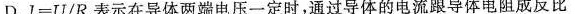
D.$$I = U / R$$表示在导体两端电压一定时，通过导体的电流跟导体电阻成反比